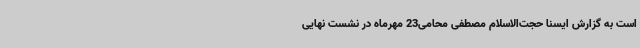
است به گزارش ایسنا حجت‌الاسلام مصطفی محامی23 مهرماه در نشست نهایی